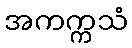
အကက္ကသံ